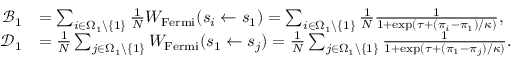
\begin{array} { r l } { \mathcal { B } _ { 1 } } & { = \sum _ { i \in \Omega _ { 1 } \backslash \{ 1 \} } \frac { 1 } { N } W _ { \mathrm { F e r m i } } ( s _ { i } \gets s _ { 1 } ) = \sum _ { i \in \Omega _ { 1 } \backslash \{ 1 \} } \frac { 1 } { N } \frac { 1 } { 1 + \exp ( \tau + ( \pi _ { i } - \pi _ { 1 } ) / \kappa ) } , } \\ { \mathcal { D } _ { 1 } } & { = \frac { 1 } { N } \sum _ { j \in \Omega _ { 1 } \backslash \{ 1 \} } W _ { \mathrm { F e r m i } } ( s _ { 1 } \gets s _ { j } ) = \frac { 1 } { N } \sum _ { j \in \Omega _ { 1 } \backslash \{ 1 \} } \frac { 1 } { 1 + \exp ( \tau + ( \pi _ { 1 } - \pi _ { j } ) / \kappa ) } . } \end{array}